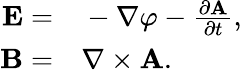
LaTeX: \begin{array}{rl}{{\mathbf E}=}&{{}-\nabla\varphi-\frac{\partial{\mathbf A}}{\partial t},}\\ {{\mathbf B}=}&{{}\nabla\times{\mathbf A}.}\end{array}